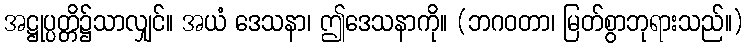
အဋ္ဌုပ္ပတ္တိ၌သာလျှင်။ အယံ ဒေသနာ၊ ဤဒေသနာကို။ (ဘဂဝတာ၊ မြတ်စွာဘုရားသည်။)